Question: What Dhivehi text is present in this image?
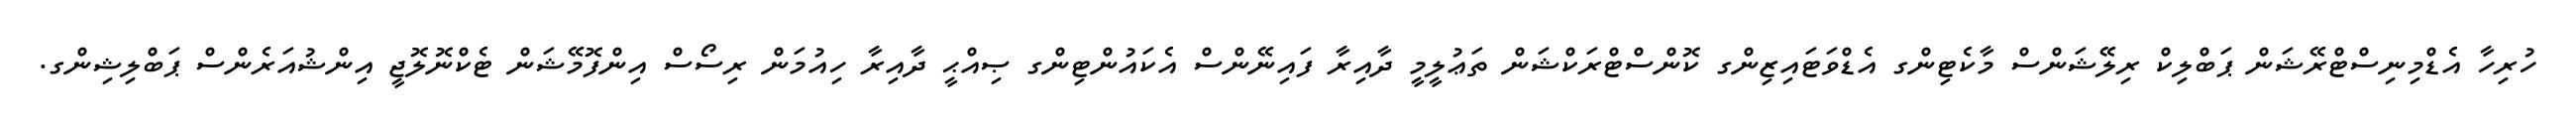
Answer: ހުރިހާ އެޑްމިނިސްޓްރޭޝަން ޕަބްލިކް ރިލޭޝަންސް މާކެޓިންގ އެޑްވަޓައިޒިންގ ކޮންސްޓްރަކްޝަން ތަޢުލީމީ ދާއިރާ ފައިނޭންސް އެކައުންޓިންގ ޞިއްޙީ ދާއިރާ ހިއުމަން ރިސޯސް އިންފޮމޭޝަން ޓެކްނޮލޮޖީ އިންޝުއަރެންސް ޕަބްލިޝިންގ.